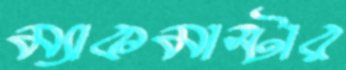
ম্যাকমাস্টার